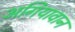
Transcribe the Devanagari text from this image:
अगियावान